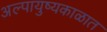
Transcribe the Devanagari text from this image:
अल्पायुष्यकाळात